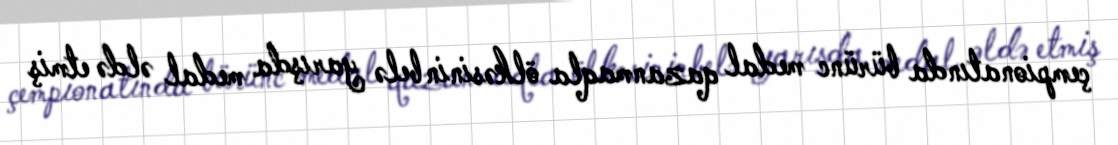
çempionatında bürünc medal qazanmaqla ölkəsinin belə yarışda medal əldə etmiş